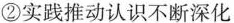
②实践推动认识不断深化